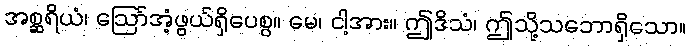
အစ္ဆရိယံ၊ ဩော်အံ့ဖွယ်ရှိပေစွ။ မေ၊ ငါ့အား။ ဤဒိသံ၊ ဤသို့သဘောရှိသော။